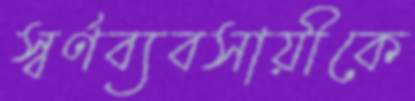
স্বর্ণব্যবসায়ীকে